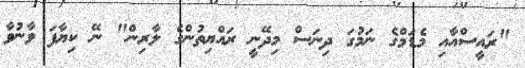
"ރައީސްއާއި މެޑަމްގެ ނަމުގަ ދިނަސް މިދޭނީ ރައްޔިތުންގެ ލާރިން" ނޭ ކިޔާފަ ވާނުވާ